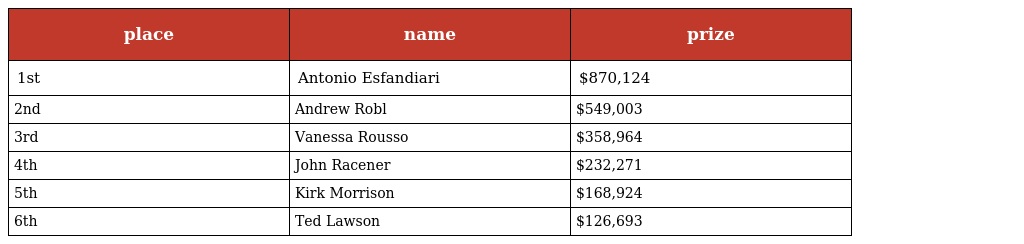
| place | name | prize |
 | --- | --- | --- |
 | 1st | Antonio Esfandiari | $870,124 |
 | 2nd | Andrew Robl | $549,003 |
 | 3rd | Vanessa Rousso | $358,964 |
 | 4th | John Racener | $232,271 |
 | 5th | Kirk Morrison | $168,924 |
 | 6th | Ted Lawson | $126,693 |